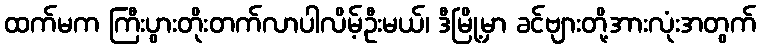
ထက်မက ကြီးပွားတိုးတက်လာပါလိမ့်ဦးမယ်၊ ဒီမြို့မှာ ခင်ဗျားတို့အားလုံးအတွက်